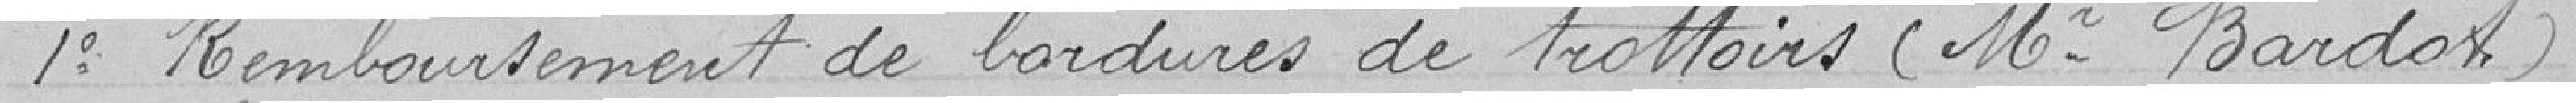
1° Remboursement de bordures de trottoirs (Mr Bardot)